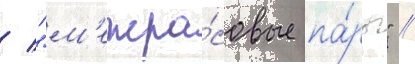
/ "м'ежра́совые па́ры" //